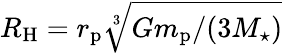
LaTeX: R_{\mathrm{H}}=r_{\mathrm{p}}\sqrt[3]{Gm_{\mathrm{p}}/(3M_{\star})}